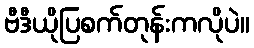
ဗီဒီယိုပြစက်တုန်းကလိုပဲ။